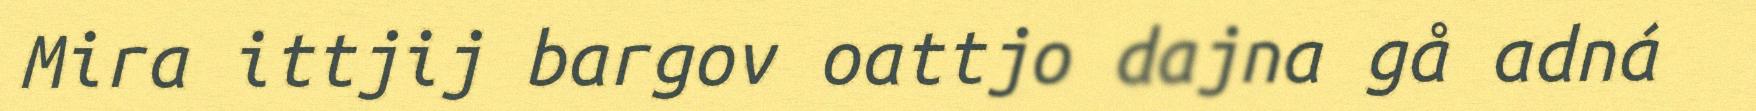
Mira ittjij bargov oattjo dajna gå adná